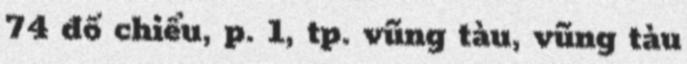
74 đồ chiểu, p. 1, tp. vũng tàu, vũng tàu